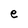
Character: e